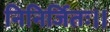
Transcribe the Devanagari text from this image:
निनिर्जितः।।